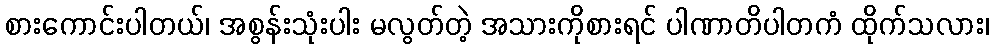
စားကောင်းပါတယ်၊ အစွန်းသုံးပါး မလွတ်တဲ့ အသားကိုစားရင် ပါဏာတိပါတကံ ထိုက်သလား၊